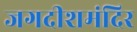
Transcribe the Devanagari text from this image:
जगदीशमंदिर